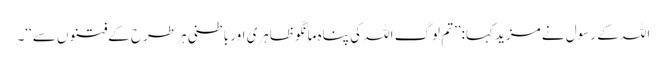
اللہ کے رسول نے مزید کہا:’’تم لوگ اللہ کی پناہ مانگو ظاہری اور باطنی ہر طرح کے فتنوں سے‘‘۔